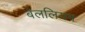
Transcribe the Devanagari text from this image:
बेललियम